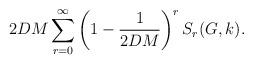
LaTeX: \begin{align*} 2DM\sum_{r=0}^\infty\left(1-\frac{1}{2DM}\right)^r S_r(G,k). \end{align*}